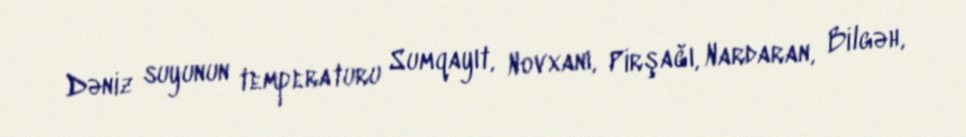
Dəniz suyunun temperaturu Sumqayıt, Novxanı, Pirşağı, Nardaran, Bilgəh,